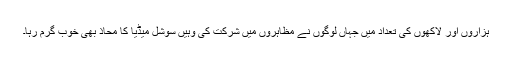
ہزاروں اور لاکھوں کی تعداد میں جہاں لوگوں نے مظاہروں میں شرکت کی وہیں سوشل میڈیا کا محاذ بھی خوب گرم رہا۔